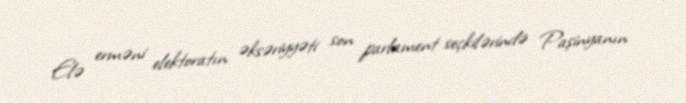
Elə erməni elektoratın əksəriyyəti son parlament seçkilərində Paşinyanın